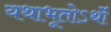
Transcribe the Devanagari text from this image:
यथाभूतोऽर्थो